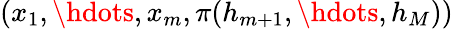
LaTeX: (x_{1},\hdots,x_{m},\pi(h_{m+1},\hdots,h_{M}))